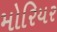
મોરિયર